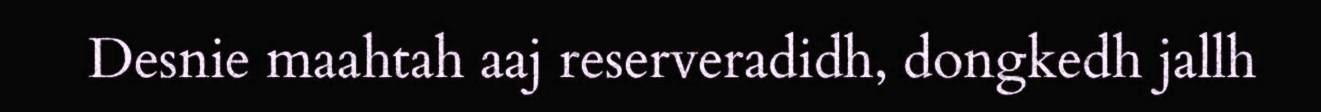
Desnie maahtah aaj reserveradidh, dongkedh jallh